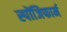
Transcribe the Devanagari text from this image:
स्पोंजिफार्म